Resolution on Dr Rogers' report on Kala azar.
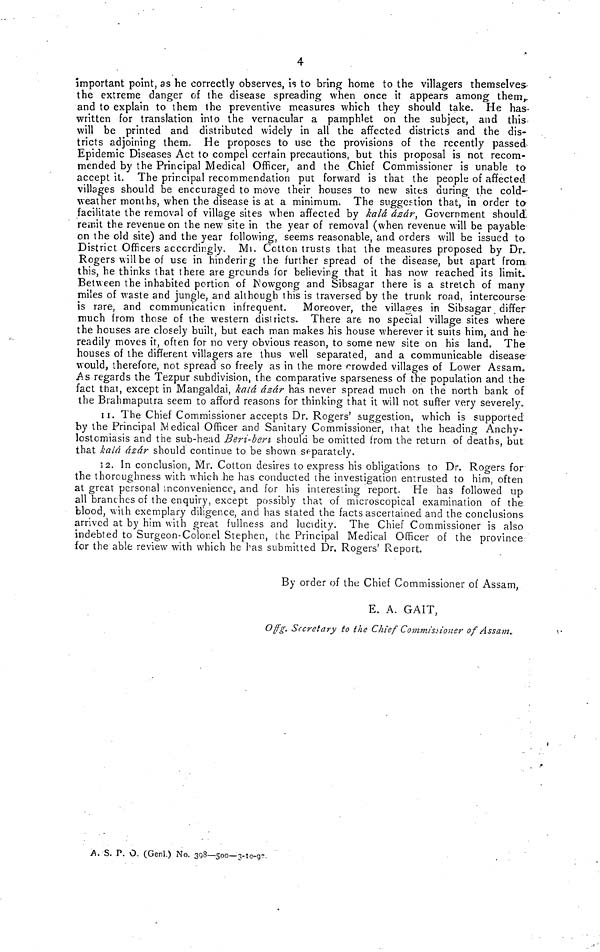
4
important point, as he correctly observes, is to bring home to the villagers themselves
the extreme danger of the disease spreading when once it appears among them,
and to explain to them the preventive measures which they should take. He has
written for translation into the vernacular a pamphlet on the subject, and this
will be printed and distributed widely in all the affected districts and the dis-
tricts adjoining them. He proposes to use the provisions of the recently passed
Epidemic Diseases Act to compel certain precautions, but this proposal is not recom-
mended by the Principal Medical Officer, and the Chief Commissioner is unable to
accept it. The principal recommendation put forward is that the people of affected
villages should be enccuraged to move their houses to new sites during the cold
weather months, when the disease is at a minimum. The suggestion that, in order to-
facilitate the removal of village sites when affected by kalá ázár, Government should
remit the revenue on the new site in the year of removal (when revenue will be payable
on the old site) and the year following, seems reasonable, and orders will be issued to
District Officers accordingly. Mr. Cotton trusts that the measures proposed by Dr.
Rogers will be of use in hinderirg the further spread of the disease, but apart from
this, he thinks that there are grounds for believing that it has now reached its limit.
Between the inhabited portion of Kowgong and Sibsagar there is a stretch of many
miles of waste and jungle, and although this is traversed by the trunk road, intercourse
is rare, and communication infrequent. Moreover, the villages in Sibsagar differ
much from those of the western districts. There are no special village sites where
the houses are closely built, but each man makes his house wherever it suits him, and he
readily moves it, often for no very obvious reason, to some new site on his land. The
houses of the different villagers are thus well separated, and a communicable disease
would, therefore, not spread so freely as in the more crowded villages of Lower Assam.
As regards the Tezpur subdivision, the comparative sparseness of the population and the
fact that, except in Mangaldai, katá ázár has never spread much on the north bank of
the Brahmaputra seem to afford reasons for thinking that it will not suffer very severely.
11. The Chief Commissioner accepts Dr. Rogers' suggestion, which is supported
by the Principal Medical Officer and Sanitary Commissioner, That the heading Anchy-
lostcmiasis and the sub-head Beri-beri should be omitted from the return of deaths, but
that kalá ázár should continue to be shown separately.
12. In conclusion, Mr. Cotton desires to express his obligations to Dr. Rogers for
the thoroughness with which he has conducted the investigation entrusted to him, often
at great personal inconvenience, and for his interesting report. He has followed up
all branches of the enquiry, except possibly that of microscopical examination of the
blood, with exemplary diligence, and has stated the facts ascertained and the conclusions
arrived at by him with great fullness and lucidity. The Chief Commissioner is also
indebted to Surgeon-Colonel Stephen, che Principal Medical Officer of the province
for the able review with which he has submitted Dr. Rogers' Report.
By order of the Chief Commissioner of Assam,
E. A. GAIT,
Offg. Secretary to the Chief Commissioner of Assam.
A. S. P. O. (Genl.) No. 308—500—3-10-97.